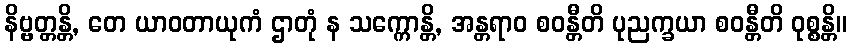
နိဗ္ဗတ္တန္တိ, တေ ယာဝတာယုကံ ဌာတုံ န သက္ကောန္တိ, အန္တရာဝ စဝန္တီတိ ပုညက္ခယာ စဝန္တီတိ ဝုစ္စန္တိ။